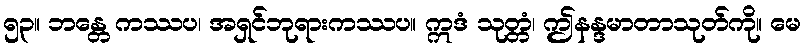
၅၃။ ဘန္တေ ကဿပ၊ အရှင်ဘုရားကဿပ။ ဣဒံ သုတ္တံ၊ ဤနန္ဒမာတာသုတ်ကို။ မေ